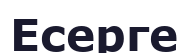
Есерге